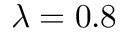
\lambda = 0 . 8